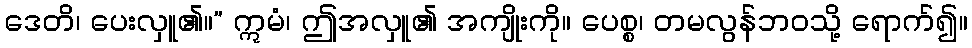
ဒေတိ၊ ပေးလှူ၏။” ဣမံ၊ ဤအလှူ၏ အကျိုးကို။ ပေစ္စ၊ တမလွန်ဘဝသို့ ရောက်၍။